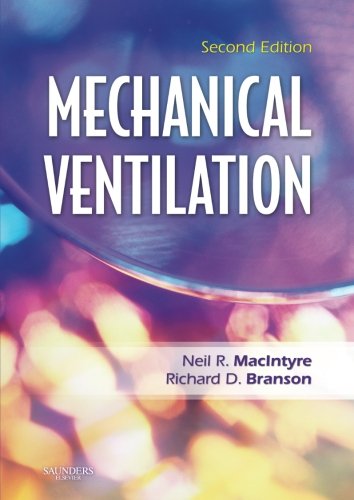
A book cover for Mechanical Ventilation, 2e; Neil R. MacIntyre MD; Medical Books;